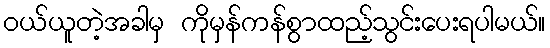
ဝယ်ယူတဲ့အခါမှ ကိုမှန်ကန်စွာထည့်သွင်းပေးရပါမယ်။